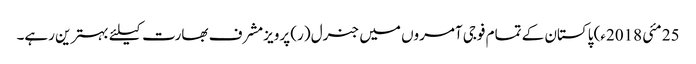
25 مئی 2018ء) پاکستان کے تمام فوجی آمروں میں جنرل (ر) پرویزمشرف بھارت کیلئے بہترین رہے۔